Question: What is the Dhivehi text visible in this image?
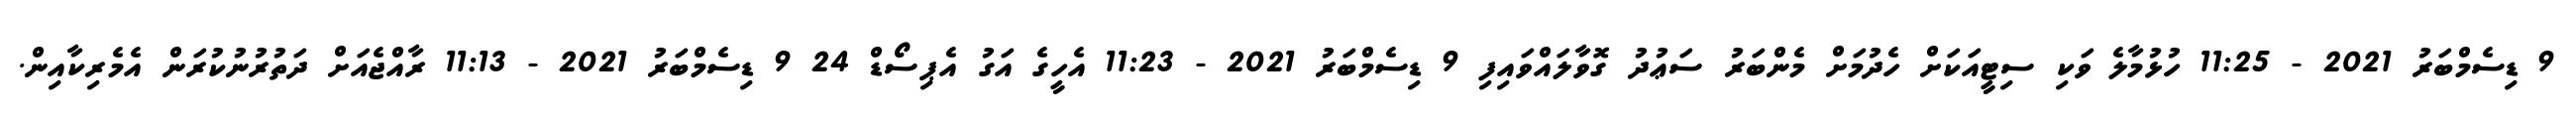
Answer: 9 ޑިސެމްބަރު 2021 - 11:25 ހުޅުމާލެ ވަކި ސިޓީއަކަށް ހެދުމަށް މެންބަރު ސަޢުދު ގޮވާލައްވައިފި 9 ޑިސެމްބަރު 2021 - 11:23 އެހީގެ އަގު އެޕިސޯޑް 24 9 ޑިސެމްބަރު 2021 - 11:13 ރާއްޖެއަށް ދަތުރުނުކުރަން އެމެރިކާއިން.